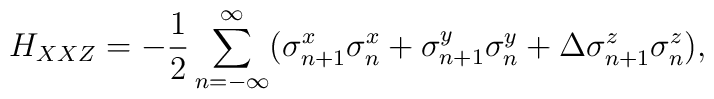
H_{XXZ}=-\frac{1}{2}\sum_{n=-\infty}^{\infty} (\sigma_{n+1}^x \sigma_{n}^x + \sigma_{n+1}^y \sigma_{n}^y +\Delta \sigma_{n+1}^z \sigma_{n}^z),